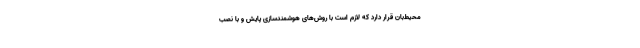
محیط‌بان قرار دارد که لازم است با روش‌های هوشمندسازی پایش و با نصب